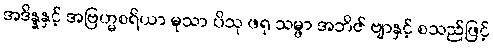
အဒိန္နနှင့် အဗြဟ္မစရိယာ မုသာ ပိသု ဖရု သမ္ဖာ အဘိဇ် ဗျာနှင့် စသည်ဖြင့်